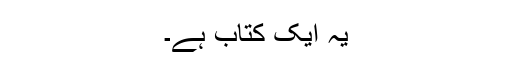
یہ ایک کتاب ہے۔